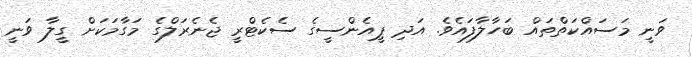
ވަނީ މަސައްކަތްތައް ބަހާލާފައެވެ. އަދި ޕީއެންސީގެ ސެކެޓްރީ ޖެނެރަލްގެ މަގާމަކަށް ގީލާ ވަނީ